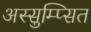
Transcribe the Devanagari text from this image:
अस्सुम्प्सित